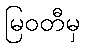
မြဝတီမှ